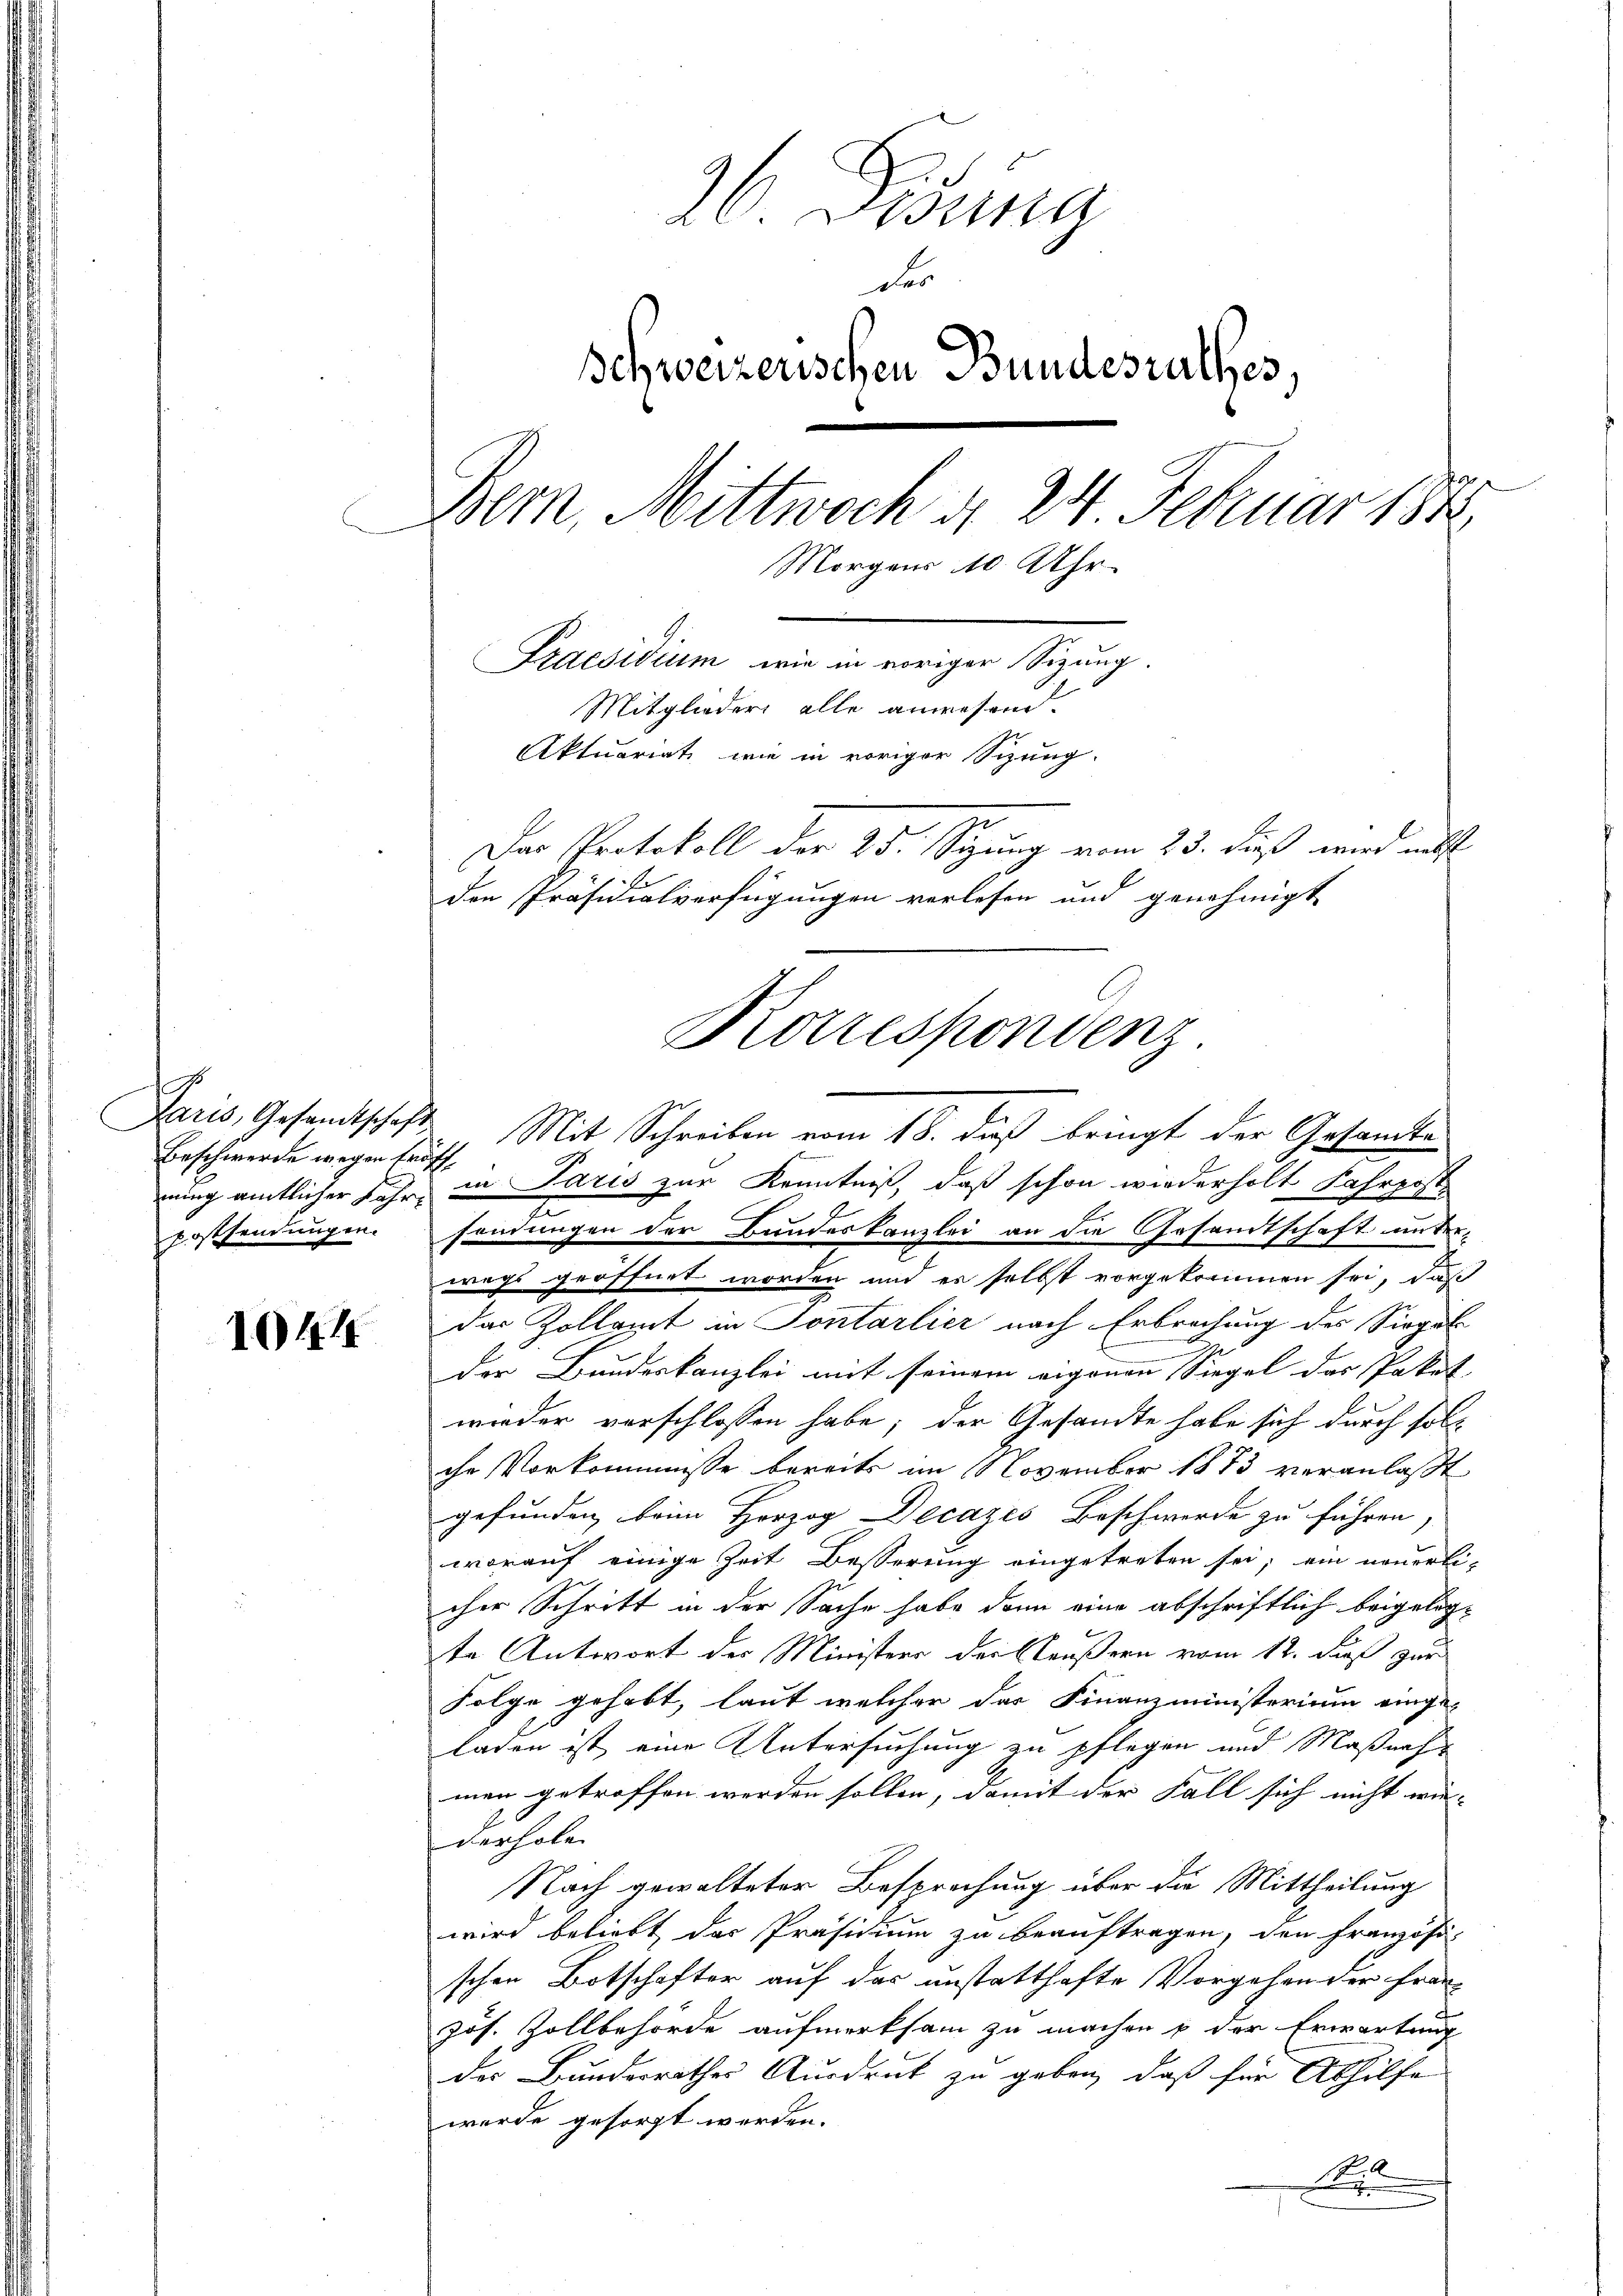
Beschwerde wegen Eröff

1041

26. Fidung
der
Schweizerischen Bundesrathes,
Bern, Mittwoch d. 24. Februar 1848
Morgens 10 Uhr.
Praesidium wie in voriger Sizung.
Mitglieder alle anwesend.
Aktuariat wie in voriger Sitzung.
Der Protokoll der 25. Seung vom 23. Fuß wird mit
den Präsidialverfügungen verlesen und genehmigt

Paris, Gesandtschaft. Mit Schreiben vom 18. dieß bringt der Gesamte
ning amtlicher Jahr, in Paris zur Kenntniß, daß schon wiederholt Fahrpost
postsendungen. sendungen der Bundeskanzlei an die Gesandtschaft unterwegs geöffnet worden und es selbst vorgekommen sei, daß
das Zollamt in Sontarlier nach Erbrechung des Siegel
der Bundeskanzlei mit seinem eigenen Siegel des Paket
wieder vorschlossen habe; der Gesandte habe sich durch sol-
che Vorkommnisse bereits im November 1873 veranlaßt
gefunden beim Herzog Decazes Beschwerde zu führen,
worauf einige Zeit Besserung eingetreten sei; ein neuerli-
cher Schritt in der Sache habe dann eine abschriftlich beigelegte Antwort des Ministers der Säußern vom 12. dieß zur
Folge gehabt, laut welcher das Finanzministerium einge-
laden ist eine Untersuchung zu pflegen und Maßnahm
men getroffen werden sollen, damit der Fall sich nicht wie- |
derhole
Nach gewalteter Besprechung über die Mittheilung
wird beliebt das Präsidium zu beauftragen, den Französi-
schen Botschafter auf das unstatthafte Vorgehen der Frau
zös. Zollbehörde aufmerksam zu machen u der Erwartung
des Bundesrathes Ausdruck zu geben, daß für Abhilfe
wurde gesorgt werden.
26
1

Korrespondenz.